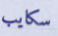
سكايب